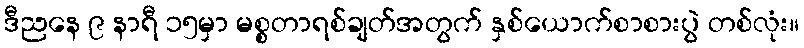
ဒီညနေ ၉ နာရီ ၁၅မှာ မစ္စတာရစ်ချတ်အတွက် နှစ်ယောက်စာစားပွဲ တစ်လုံး။